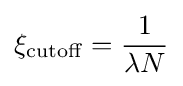
\xi _{\mathrm {cutoff} }={\frac {1}{\lambda N}}